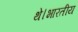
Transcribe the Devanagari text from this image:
थे।भारतीय